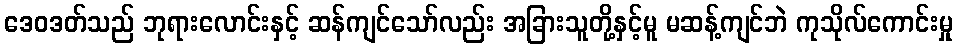
ဒေဝဒတ်သည် ဘုရားလောင်းနှင့် ဆန်ကျင်သော်လည်း အခြားသူတို့နှင့်မူ မဆန့်ကျင်ဘဲ ကုသိုလ်ကောင်းမှု